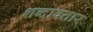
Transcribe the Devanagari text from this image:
शब्दावतार